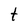
Character: t